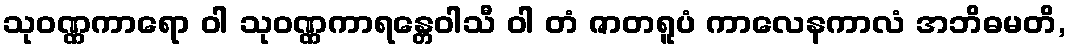
သုဝဏ္ဏကာရော ဝါ သုဝဏ္ဏကာရန္တေဝါသီ ဝါ တံ ဇာတရူပံ ကာလေနကာလံ အဘိဓမတိ,